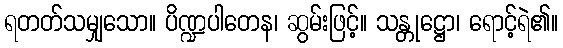
ရတတ်သမျှသော။ ပိဏ္ဍပါတေန၊ ဆွမ်းဖြင့်။ သန္တုဋ္ဌော၊ ရောင့်ရဲ၏။